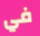
في